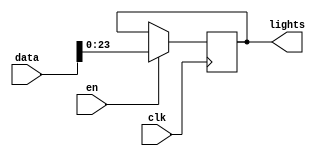
module led (
    input clk,
    input [31:0] data,
    input en,
    output reg [23:0] lights
);
    always @(posedge clk) begin
        if (en) lights <= data[23:0];
        else lights <= lights;
    end
endmodule